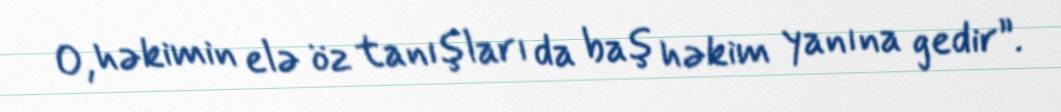
O, həkimin elə öz tanışları da baş həkim yanına gedir”.